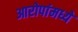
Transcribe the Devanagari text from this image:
आरोपांमध्ये